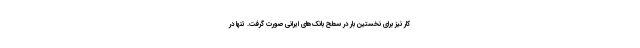
کار نیز برای نخستین بار در سطح بانک‌های ایرانی صورت گرفت. تنها در